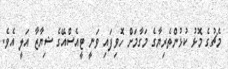
މެޗުގެ މޮޅު ކުޅުންތެރިޔާގެ މަގާމަށް ހޮވިފައި ވަނީ ޓީއެސްއޭގެ ޝިޔާޒާ އަލީ އެވެ.